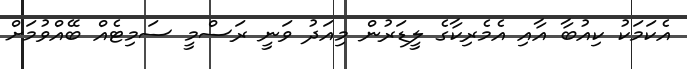
އެކަމަކު ކިއުބާ އާއި އެމެރިކާގެ ލީޑަރުން މިއަދު ވަނީ ރަސްމީ ސަމިޓެއް ބޭއްވުމަށް